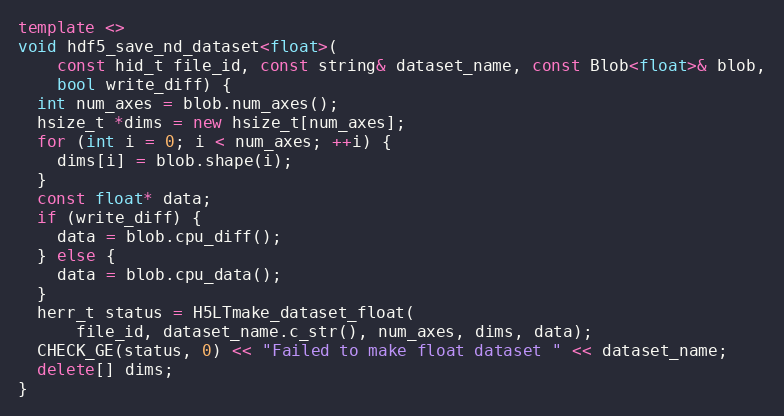
Language: C++
template <>
void hdf5_save_nd_dataset<float>(
    const hid_t file_id, const string& dataset_name, const Blob<float>& blob,
    bool write_diff) {
  int num_axes = blob.num_axes();
  hsize_t *dims = new hsize_t[num_axes];
  for (int i = 0; i < num_axes; ++i) {
    dims[i] = blob.shape(i);
  }
  const float* data;
  if (write_diff) {
    data = blob.cpu_diff();
  } else {
    data = blob.cpu_data();
  }
  herr_t status = H5LTmake_dataset_float(
      file_id, dataset_name.c_str(), num_axes, dims, data);
  CHECK_GE(status, 0) << "Failed to make float dataset " << dataset_name;
  delete[] dims;
}